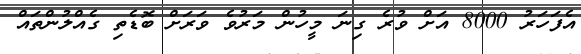
އެފަހަރު 8000 އަށް ވުރެ ގިނަ މީހުން މަރުވެ ވަރަށް ބޮޑެތި ގެއްލުންތައް